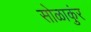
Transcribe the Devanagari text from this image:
सोळाकुंर